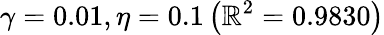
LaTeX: \gamma=0.01,\eta=0.1\left(\mathbb{R}^{2}=0.9830\right)